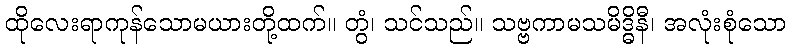
ထိုလေးရာကုန်သောမယားတို့ထက်။ တွံ၊ သင်သည်။ သဗ္ဗကာမသမိဒ္ဓိနီ၊ အလုံးစုံသော